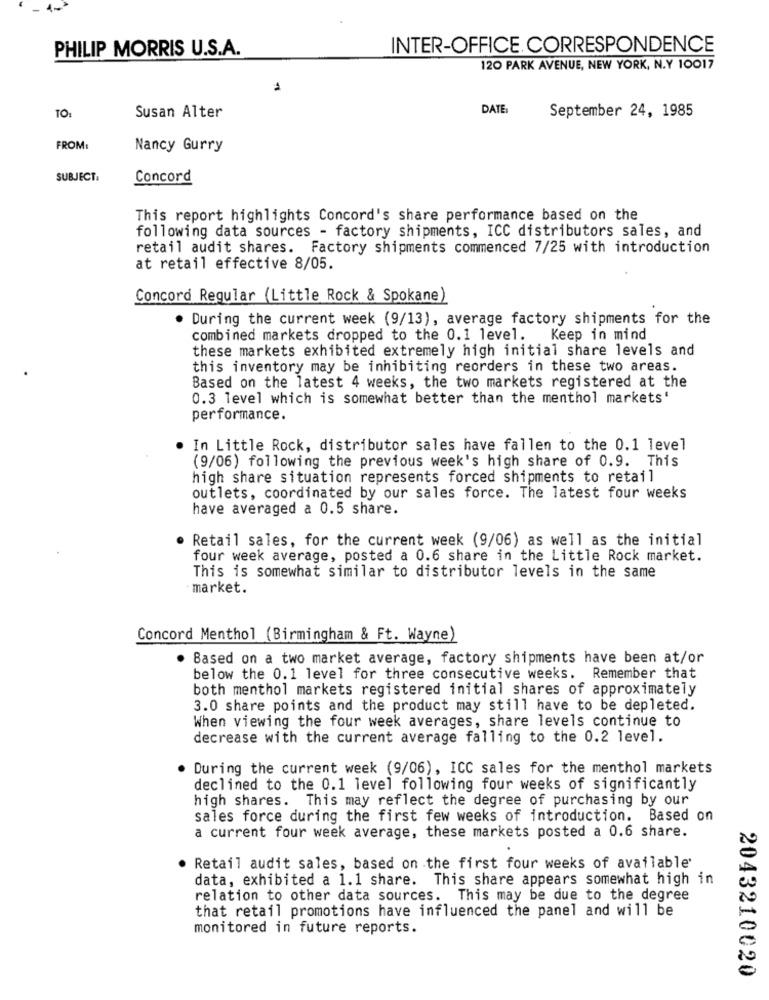
PHILIP MORRIS U.S.A.
INTER-OFFICE CORRESPONDENCE
120 PARK AVENUE, NEW YORK, N.Y 10017
DATE:
September 24, 1985
TO:
Susan Alter
FROM:
Nancy Gurry
SUBJECT:
Concord
This report highlights Concord's share performance based on the
following data sources - factory shipments, ICC distributors sales, and
retail audit shares. Factory shipments commenced 7/25 with introduction
at retail effective 8/05.
Concord Regular (Little Rock & Spokane)
During the current week (9/13), average factory shipments for the
combined markets dropped to the 0.1 level.
Keep in mind
these markets exhibited extremely high initial share levels and
this inventory may be inhibiting reorders in these two areas.
Based on the latest 4 weeks, the two markets registered at the
0.3 level which is somewhat better than the menthol markets'
performance.
In Little Rock, distributor sales have fallen to the 0.1 level
(9/06) following the previous week's high share of 0.9. This
high share situation represents forced shipments to retail
outlets, coordinated by our sales force. The latest four weeks
have averaged a 0.5 share.
Retail sales, for the current week (9/06) as well as the initial
four week average, posted a 0.6 share in the Little Rock market.
This is somewhat similar to distributor levels in the same
market.
Concord Menthol (Birmingham & Ft. Wayne)
Based on a two market average, factory shipments have been at/or
below the 0.1 level for three consecutive weeks. Remember that
both menthol markets registered initial shares of approximately
3.0 share points and the product may still have to be depleted.
When viewing the four week averages, share levels continue to
decrease with the current average falling to the 0.2 level.
During the current week (9/06), ICC sales for the menthol markets
declined to the 0.1 level following four weeks of significantly
high shares. This may reflect the degree of purchasing by our
sales force during the first few weeks of introduction. Based on
a current four week average, these markets posted a 0.6 share.
Retail audit sales, based on the first four weeks of available'
data, exhibited a 1.1 share. This share appears somewhat high in
relation to other data sources. This may be due to the degree
that retail promotions have influenced the panel and will be
monitored in future reports.
2043210020